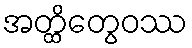
အတ္ထိတွေဝဿ